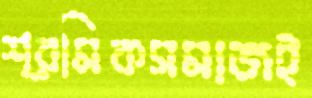
শ্রমিকসমাজই